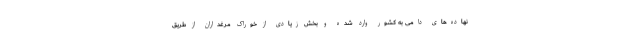
نهاده‌های دامی به کشور وارد شده و بخش زیادی از خوراک مرغداران از طریق